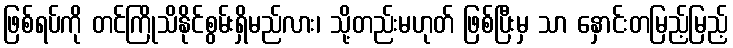
ဖြစ်ရပ်ကို တင်ကြိုသိနိုင်စွမ်းရှိမည်လား၊ သို့တည်းမဟုတ် ဖြစ်ပြီးမှ သာ နှောင်းတမြည့်မြည့်